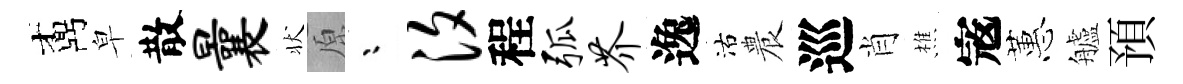
鼒皁散曩状原漸汐程弧芥逸沽農巡肖樵𡨥蕙艫預